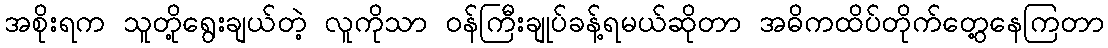
အစိုးရက သူတို့ရွေးချယ်တဲ့ လူကိုသာ ဝန်ကြီးချုပ်ခန့်ရမယ်ဆိုတာ အဓိကထိပ်တိုက်တွေ့နေကြတာ